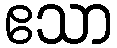
ဧသာ